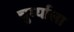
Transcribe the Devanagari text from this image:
चुर्म्याला